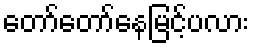
တော်တော်နေမြင့်ပလား